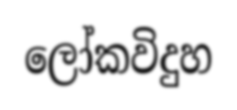
ලෝකවිදුහ